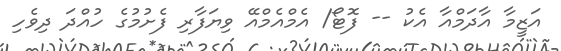
އަޒީމާ އާދަމްއާ އެކު -- ފޮޓޯ/ އެމްއެމްއޭ ވިޔަފާރި ފެށުމުގެ ހުއްދަ ދިވެހި